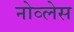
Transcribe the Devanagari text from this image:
नोव्लेस